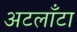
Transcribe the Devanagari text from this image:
अटलाँटा